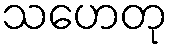
သဟေတု